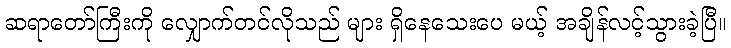
ဆရာတော်ကြီးကို လျှောက်တင်လိုသည် များ ရှိနေသေးပေ မယ့် အချိန်လင့်သွားခဲ့ပြီ။